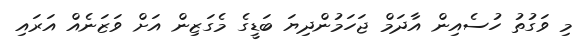
މި ވަގުތު ހުސެއިން އާދަމް ޖަހަމުންދިޔަ ބަޑީގެ މެގަޒިން އަށް ވަޒަނެއް އަރައި